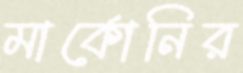
মার্কোনির